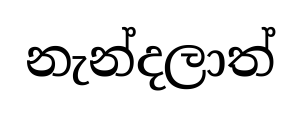
නැන්දලාත්